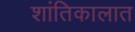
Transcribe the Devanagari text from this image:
शांतिकालात